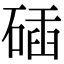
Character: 𥓾